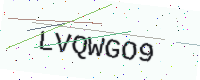
Text: LVQWGO9